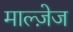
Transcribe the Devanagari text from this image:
माल्ज़ेज